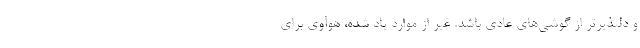
و دلپذیرتر از گوشی‌های عادی باشد. غیر از موارد یاد شده، هوآوی برای